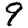
Digit: 9